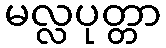
မလ္လပုတ္တာ